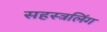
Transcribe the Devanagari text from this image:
सहस्त्रलिंग